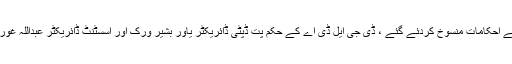
دوسری جانب ایل ڈی اے میں دو افسران کے تبادلوں کے احکامات منسوخ کردئے گئے ، ڈی جی ایل ڈی اے کے حکم پت ڈپٹی ڈائریکٹر یاور بشیر ورک اور اسسٹنٹ ڈائریکٹر عبداللہ غوری کے تبادلوں کے احکامات منسوخ کردئے گئے ہیں ۔